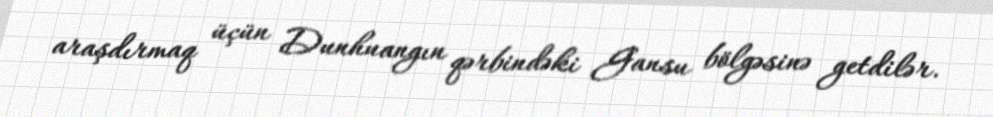
araşdırmaq üçün Dunhuangın qərbindəki Gansu bölgəsinə getdilər.